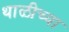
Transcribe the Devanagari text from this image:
थाळीच्या